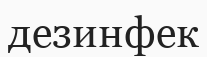
дезинфек